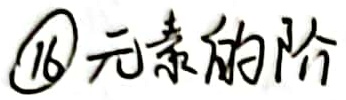
\textcircled{16} 元素的阶